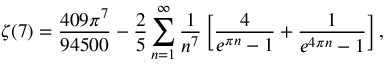
\zeta ( 7 ) = \frac { 4 0 9 \pi ^ { 7 } } { 9 4 5 0 0 } - \frac { 2 } { 5 } \sum _ { n = 1 } ^ { \infty } \frac { 1 } { n ^ { 7 } } \left[ \frac { 4 } { e ^ { \pi n } - 1 } + \frac { 1 } { e ^ { 4 \pi n } - 1 } \right] ,